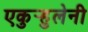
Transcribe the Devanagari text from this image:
एकुर्‍हुलेनी